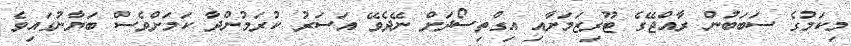
މިކަމުގެ ސަބަބުން ރާއްޖޭގެ ޓޫރިޒަމަށާއި އިގްތިސޯދަށް ނޭދެވޭ އަސަރު ކުރަމުންދާ ކަމަށްވެސް ބަޔާނުގައިވެ